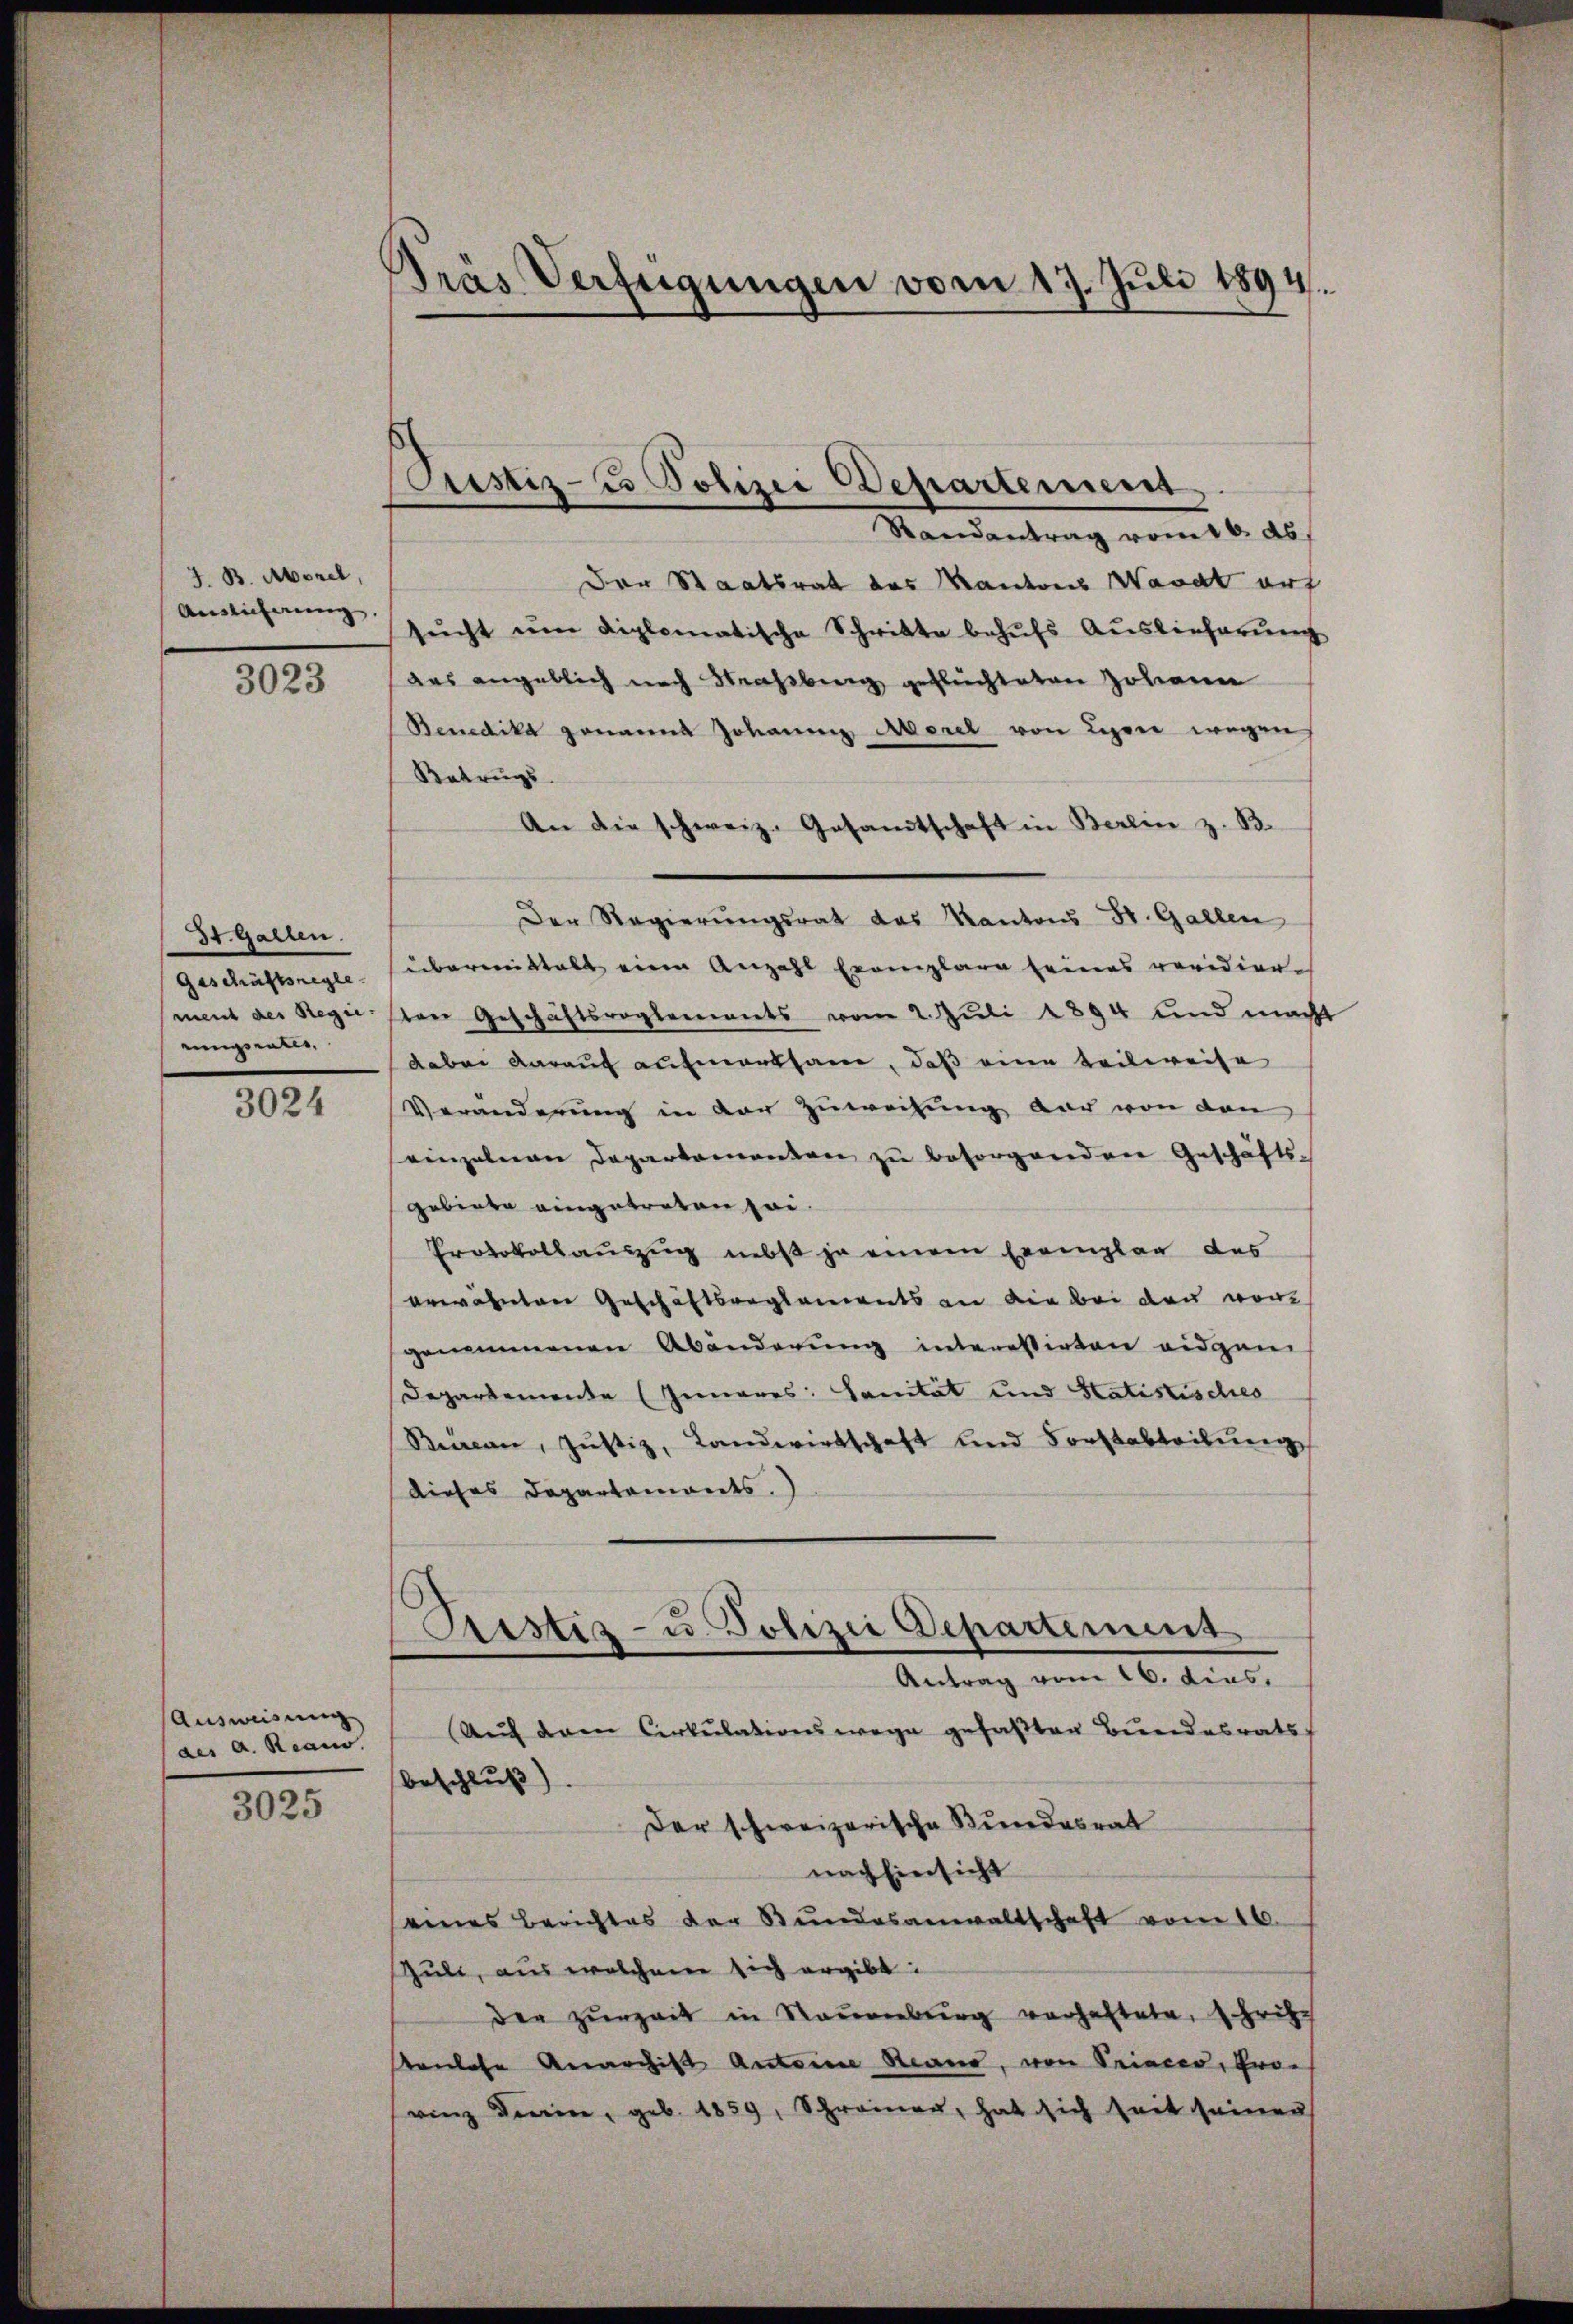
J. B. Aberel,
Auslieferung,

3023

St. Gallen.
Geschäftsregle
ment des Regie-
eingerates.

3024

Ausweisung
des a. Reano.

3025

d
Gras Verfügungen vom 17. Juli 1894.

Cristiz- u Polizei Departement

Mandentrag vom 16. 20
Der Staatsrat des Kantons Waadt auf
sŭcht ŭm diplomatische Schritte behŭfs Auslieferŭng
das angeblich nach Strassburg geflüchteten Johann
Benedika genannt Johannig Morel von Ligone wegen
Betrugs
An die schweiz. Gesandtschaft in Berein z. B.
Der Regierungsrat das Kantons St. Gallen
übermittalt eine Anzahl Exemplare seines revidier-
ten Geschäftsreglements vom 2. Jŭli 1894 und macht
dabei darauf aufmerksame, daß eine teilweise
Veränderung in der Zuweisung der von den
seinzelnen Departementen zŭ besorgenden Geschäfts-
Gebiete eingetreten zei
Protokollauszug nebst ja einem Exemplar des
erwähnten Geschäftsreglements an die bei den wori
genommenen Abänderung interessirten eidgen
Departemente Inneres Sanität und Statistisches
Riccan, Justiz, Landwirtschaft und Forstabteilung
dieses Departements.
Pestes- u. Polizei Departement
Antrag vom 16. dies,
Aŭf dem Cirkŭlationswege gefaßten Bundesrats
Beschluß)
Der schweizerische Bundesrat
nach Einsicht
seines Berichtes der Bŭndesanwaltschaft vom 16.
Zuli, aus welchem sich ergibt:
der zurzeit in Neuenburg vorhaltete, schritt
senlose Anarchist Antoine Rand, von Princer, Pro-
vinz deren, geb. 1859, Schreiner, hat sich seit seinen